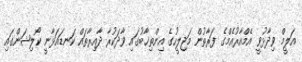
އަލީމް ވިދާޅުވީ އެމްއާރުއެމްގެ ފަރާތުން މަޖިލީހުގެ އިންތިޚާބުގައި ވާދަކުރާ ދާއިރާތައް ކަނޑައަޅާނީ ކޯލިޝަންގައި